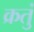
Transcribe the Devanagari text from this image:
क्रतुं